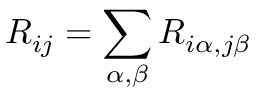
R _ { i j } = \sum _ { \alpha , \beta } R _ { i \alpha , j \beta }